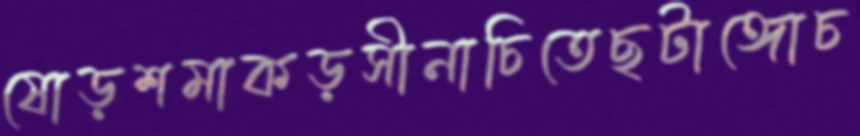
ষোড়শমাকড়সীনাচিতেছটাঙ্গোচ